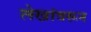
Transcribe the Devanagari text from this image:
लेखांवरून